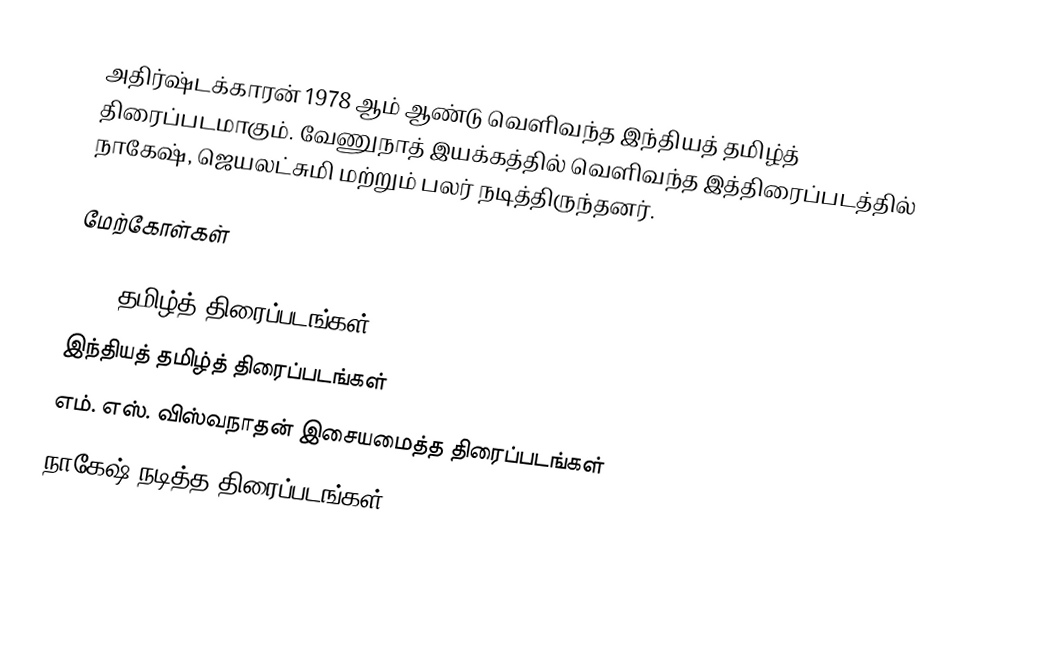
அதிர்ஷ்டக்காரன் 1978 ஆம் ஆண்டு வெளிவந்த இந்தியத் தமிழ்த் திரைப்படமாகும். வேணுநாத் இயக்கத்தில் வெளிவந்த இத்திரைப்படத்தில் நாகேஷ், ஜெயலட்சுமி மற்றும் பலர் நடித்திருந்தனர்.

மேற்கோள்கள்

1978 தமிழ்த் திரைப்படங்கள்
இந்தியத் தமிழ்த் திரைப்படங்கள்
எம். எஸ். விஸ்வநாதன் இசையமைத்த திரைப்படங்கள்
நாகேஷ் நடித்த திரைப்படங்கள்